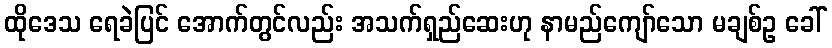
ထိုဒေသ ရေခဲပြင် အောက်တွင်လည်း အသက်ရှည်ဆေးဟု နာမည်ကျော်သော မချစ်ဥ ခေါ်